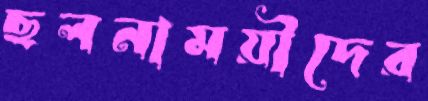
ছলনাময়ীদের